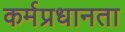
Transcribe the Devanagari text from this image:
कर्मप्रधानता